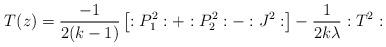
LaTeX: \begin{align*}T(z)=\frac{-1}{2(k-1)}\left[ :P_1^2:+:P_2^2:-:J^2:\right] -\frac1{2k\lambda }:T^2:\end{align*}